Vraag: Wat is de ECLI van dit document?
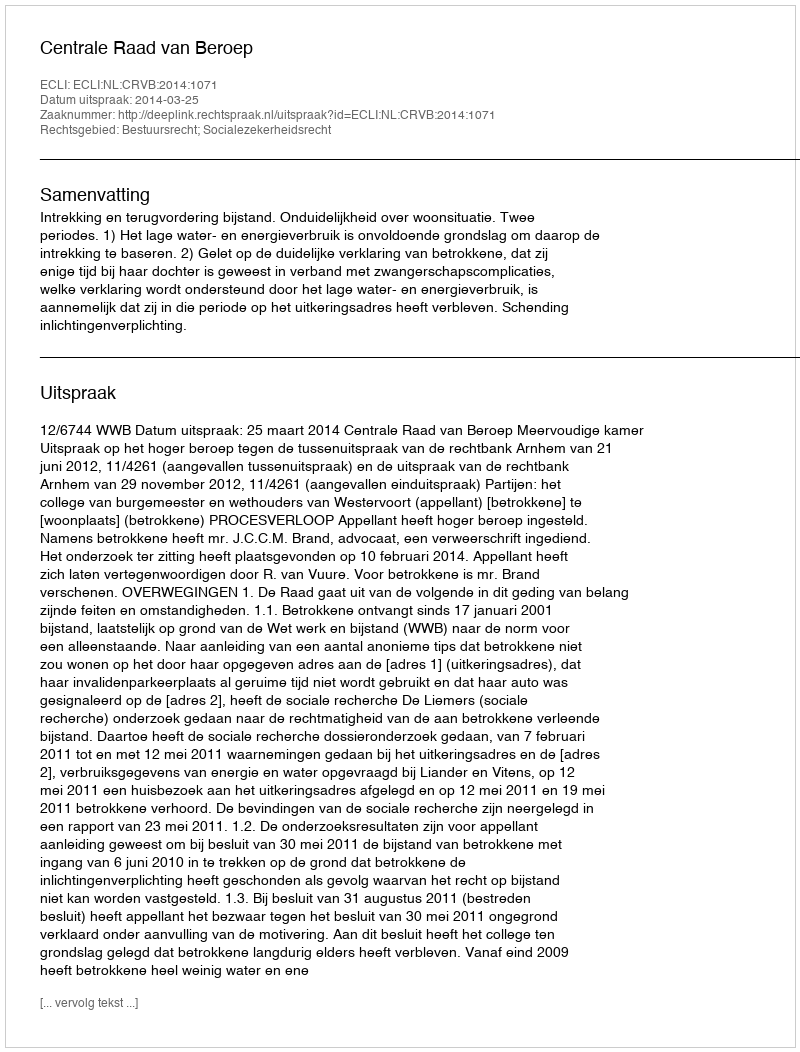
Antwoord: ECLI:NL:CRVB:2014:1071